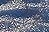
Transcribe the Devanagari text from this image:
रेप्प